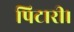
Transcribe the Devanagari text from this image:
पिटारी।